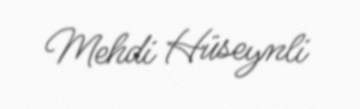
Mehdi Hüseynli